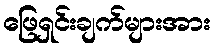
ဖြေရှင်းချက်များအား